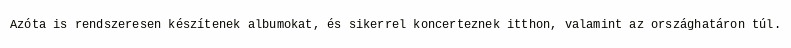
Azóta is rendszeresen készítenek albumokat, és sikerrel koncerteznek itthon, valamint az országhatáron túl.